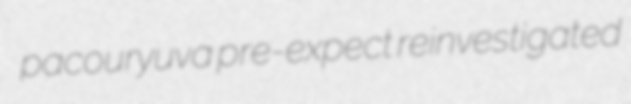
pacouryuva pre-expect reinvestigated